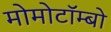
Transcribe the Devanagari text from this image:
मोमोटॉम्बो